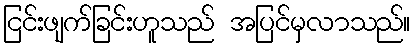
ငြင်းဖျက်ခြင်းဟူသည် အပြင်မှလာသည်။